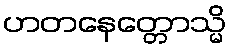
ဟတနေတ္တောသ္မိ